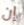
إن